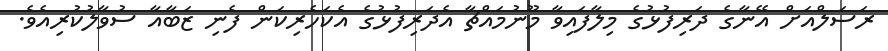
ރަސަލްއަށް އޭނާގެ ދަރިފުޅުގެ މިލާފައިވާ މޫނުމައްޗާ އެދަރިފުޅުގެ އެކަހެރިކަން ފެނި ޒަބާއާ ސުވާލުކުރިއެވެ.